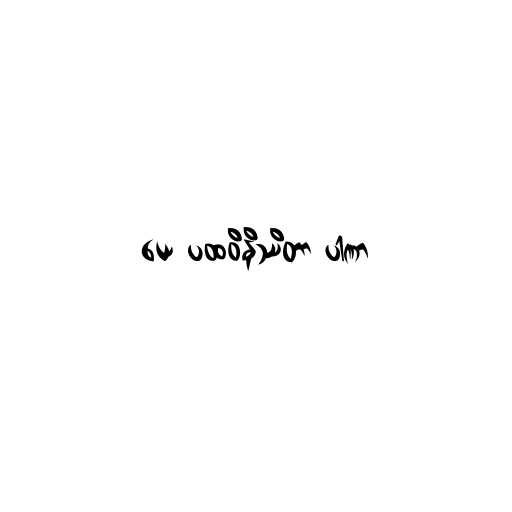
ယေ ပထဝိနိဿိတာ ပါဏာ